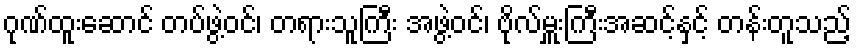
ဂုဏ်ထူးဆောင် တပ်ဖွဲ့ဝင်၊ တရားသူကြီး အဖွဲ့ဝင်၊ ဗိုလ်မှူးကြီးအဆင့်နှင့် တန်းတူသည့်